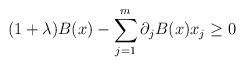
LaTeX: \begin{align*} (1+ \lambda)B(x) - \sum_{j=1}^m \partial_jB(x)x_j \geq 0\end{align*}